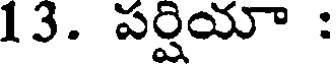
13. పర్షియా :